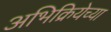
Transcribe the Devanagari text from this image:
अभिक्रियेच्या